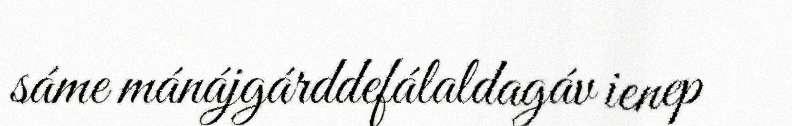
sáme mánájgárddefálaldagáv ienep